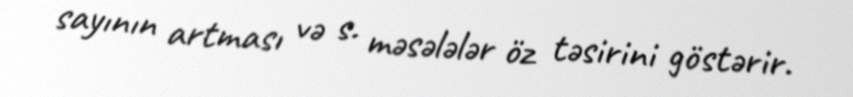
sayının artması və s. məsələlər öz təsirini göstərir.